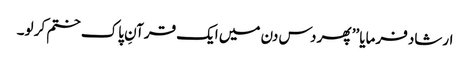
ارشاد فرمایا ’’ پھر دس دن میں ایک قرآنِ پاک ختم کر لو۔